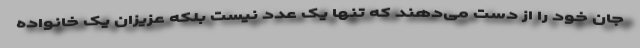
جان خود را از دست می‌دهند که تنها یک عدد نیست بلکه عزیزان یک خانواده